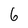
Character: 6